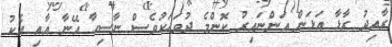
ރާއިދު ރާޅާ އަޅަން އަންނައިރު ކޮންމެ ދުވަހަކުވެސް ނާސިހާ އޭނާ އާއި އެކު